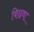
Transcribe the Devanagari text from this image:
बिछवा